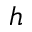
h